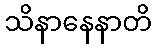
သိနာနေနာတိ